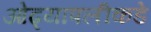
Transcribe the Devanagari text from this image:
ओढ्यापलीकडे